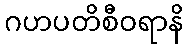
ဂဟပတိစီဝရာနိ